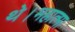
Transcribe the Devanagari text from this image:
थे।महात्मा